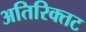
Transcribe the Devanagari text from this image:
अतिरिक्तट